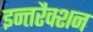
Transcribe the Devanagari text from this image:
इन्तरैक्शन